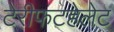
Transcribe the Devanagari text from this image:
टेरीफटहेलेट